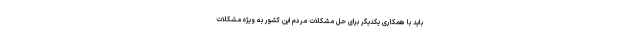
باید با همکاری یکدیگر برای حل مشکلات مردم این کشور به ویژه مشکلات